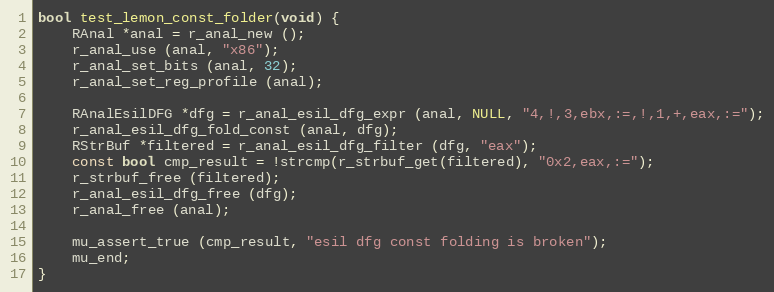
Language: C
bool test_lemon_const_folder(void) {
	RAnal *anal = r_anal_new ();
	r_anal_use (anal, "x86");
	r_anal_set_bits (anal, 32);
	r_anal_set_reg_profile (anal);

	RAnalEsilDFG *dfg = r_anal_esil_dfg_expr (anal, NULL, "4,!,3,ebx,:=,!,1,+,eax,:=");
	r_anal_esil_dfg_fold_const (anal, dfg);
	RStrBuf *filtered = r_anal_esil_dfg_filter (dfg, "eax");
	const bool cmp_result = !strcmp(r_strbuf_get(filtered), "0x2,eax,:=");
	r_strbuf_free (filtered);
	r_anal_esil_dfg_free (dfg);
	r_anal_free (anal);

	mu_assert_true (cmp_result, "esil dfg const folding is broken");
	mu_end;
}